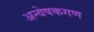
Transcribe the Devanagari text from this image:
अन्वेषकगण